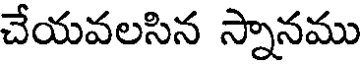
చేయవలసిన స్నానము